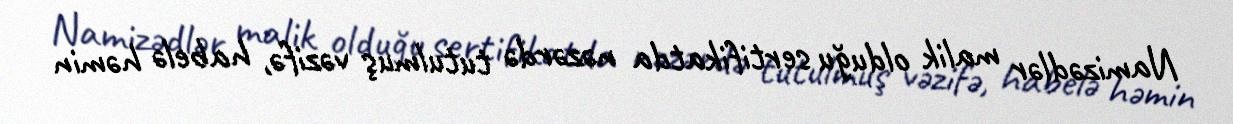
Namizədlər malik olduğu sertifikatda nəzərdə tutulmuş vəzifə, habelə həmin